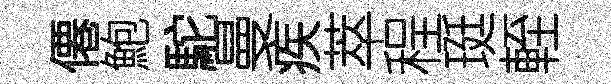
僊鮑駝曼疾萃程珽輊